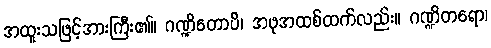
အထူးသဖြင့်အားကြီး၏။ ဂဏ္ဍိတောပိ၊ အဖုအထစ်ထက်လည်း။ ဂဏ္ဍိတရော၊